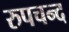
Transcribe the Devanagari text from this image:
रुपचन्द